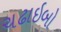
ચઢાઇબો